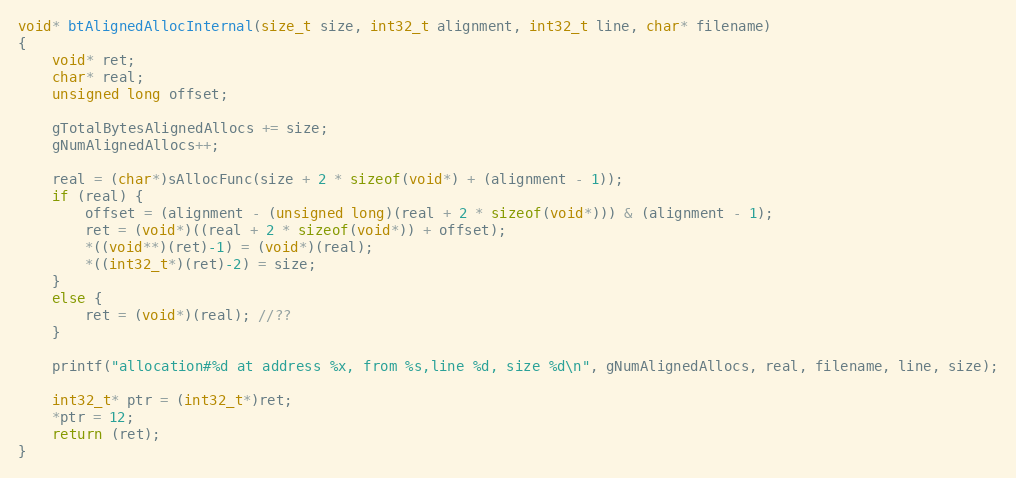
Language: C++
void* btAlignedAllocInternal(size_t size, int32_t alignment, int32_t line, char* filename)
{
    void* ret;
    char* real;
    unsigned long offset;

    gTotalBytesAlignedAllocs += size;
    gNumAlignedAllocs++;

    real = (char*)sAllocFunc(size + 2 * sizeof(void*) + (alignment - 1));
    if (real) {
        offset = (alignment - (unsigned long)(real + 2 * sizeof(void*))) & (alignment - 1);
        ret = (void*)((real + 2 * sizeof(void*)) + offset);
        *((void**)(ret)-1) = (void*)(real);
        *((int32_t*)(ret)-2) = size;
    }
    else {
        ret = (void*)(real); //??
    }

    printf("allocation#%d at address %x, from %s,line %d, size %d\n", gNumAlignedAllocs, real, filename, line, size);

    int32_t* ptr = (int32_t*)ret;
    *ptr = 12;
    return (ret);
}